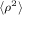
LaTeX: \scriptstyle \left\langle \rho ^ { 2 } \right\rangle